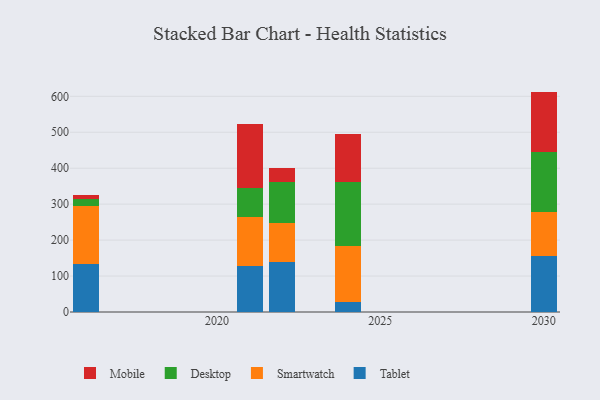
{"axis": {"x": "Year", "y": "Net Income (USD K)"}, "legend": ["Desktop", "Mobile", "Smartwatch", "Tablet"], "data": [{"x": "2030", "y": 157.0, "type": "Tablet"}, {"x": "2030", "y": 120.2, "type": "Smartwatch"}, {"x": "2030", "y": 168.2, "type": "Desktop"}, {"x": "2030", "y": 167.7, "type": "Mobile"}, {"x": "2021", "y": 127.8, "type": "Tablet"}, {"x": "2021", "y": 135.1, "type": "Smartwatch"}, {"x": "2021", "y": 81.6, "type": "Desktop"}, {"x": "2021", "y": 179.2, "type": "Mobile"}, {"x": "2016", "y": 134.8, "type": "Tablet"}, {"x": "2016", "y": 159.9, "type": "Smartwatch"}, {"x": "2016", "y": 18.3, "type": "Desktop"}, {"x": "2016", "y": 13.3, "type": "Mobile"}, {"x": "2024", "y": 27.0, "type": "Tablet"}, {"x": "2024", "y": 155.4, "type": "Smartwatch"}, {"x": "2024", "y": 178.7, "type": "Desktop"}, {"x": "2024", "y": 133.8, "type": "Mobile"}, {"x": "2022", "y": 140.3, "type": "Tablet"}, {"x": "2022", "y": 108.4, "type": "Smartwatch"}, {"x": "2022", "y": 113.1, "type": "Desktop"}, {"x": "2022", "y": 39.4, "type": "Mobile"}]}